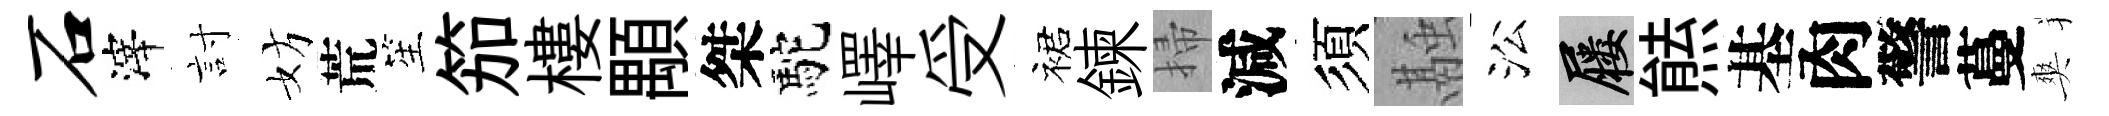
石滓討妨荒笙笳樓顒桀駝嶧受裙鍊掃減須融㳂屨㷱基肉警蔓爽